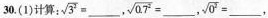
30.(1)计算： $$\sqrt { 3 ^ { 2 } } = ___$$ ， $$\sqrt { 0 . 7 ^ { 2 } } = ___$$ ， $$\sqrt { 0 ^ { 2 } } = ___$$ ，